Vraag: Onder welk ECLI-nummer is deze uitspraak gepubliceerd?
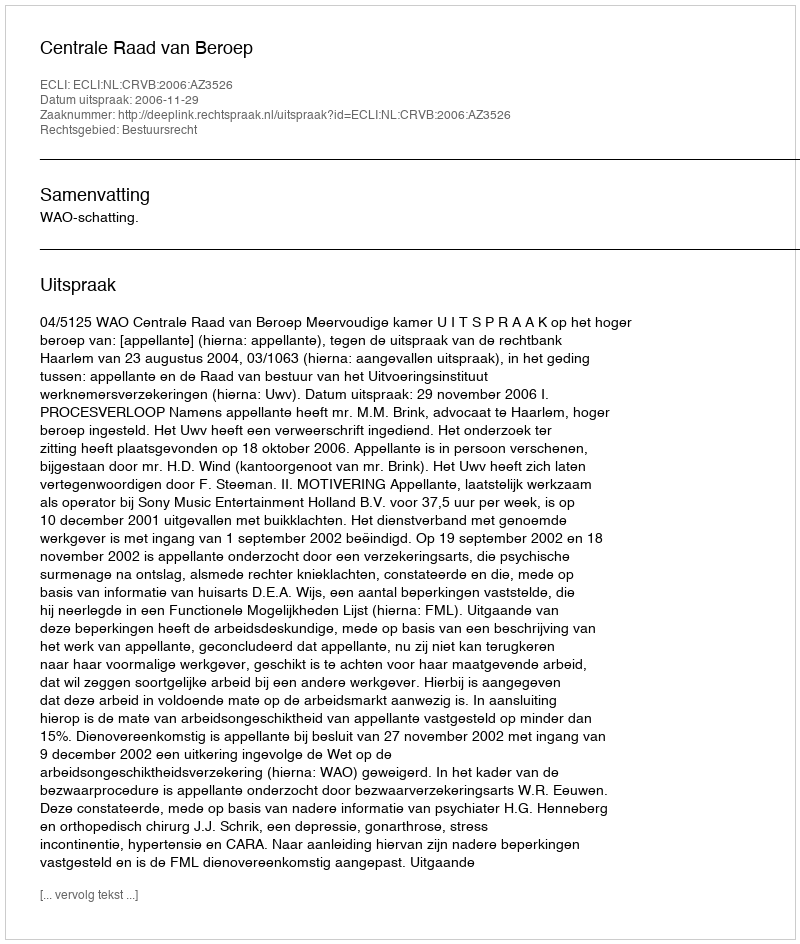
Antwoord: ECLI:NL:CRVB:2006:AZ3526